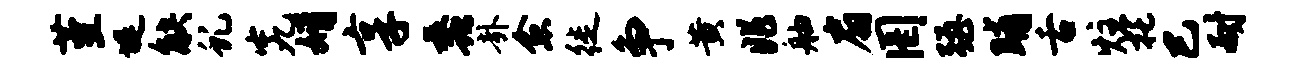
堇堤觖虬究婿享蠡卦愈徙争黄兆舳扇罔强晡舌炷托巳耐